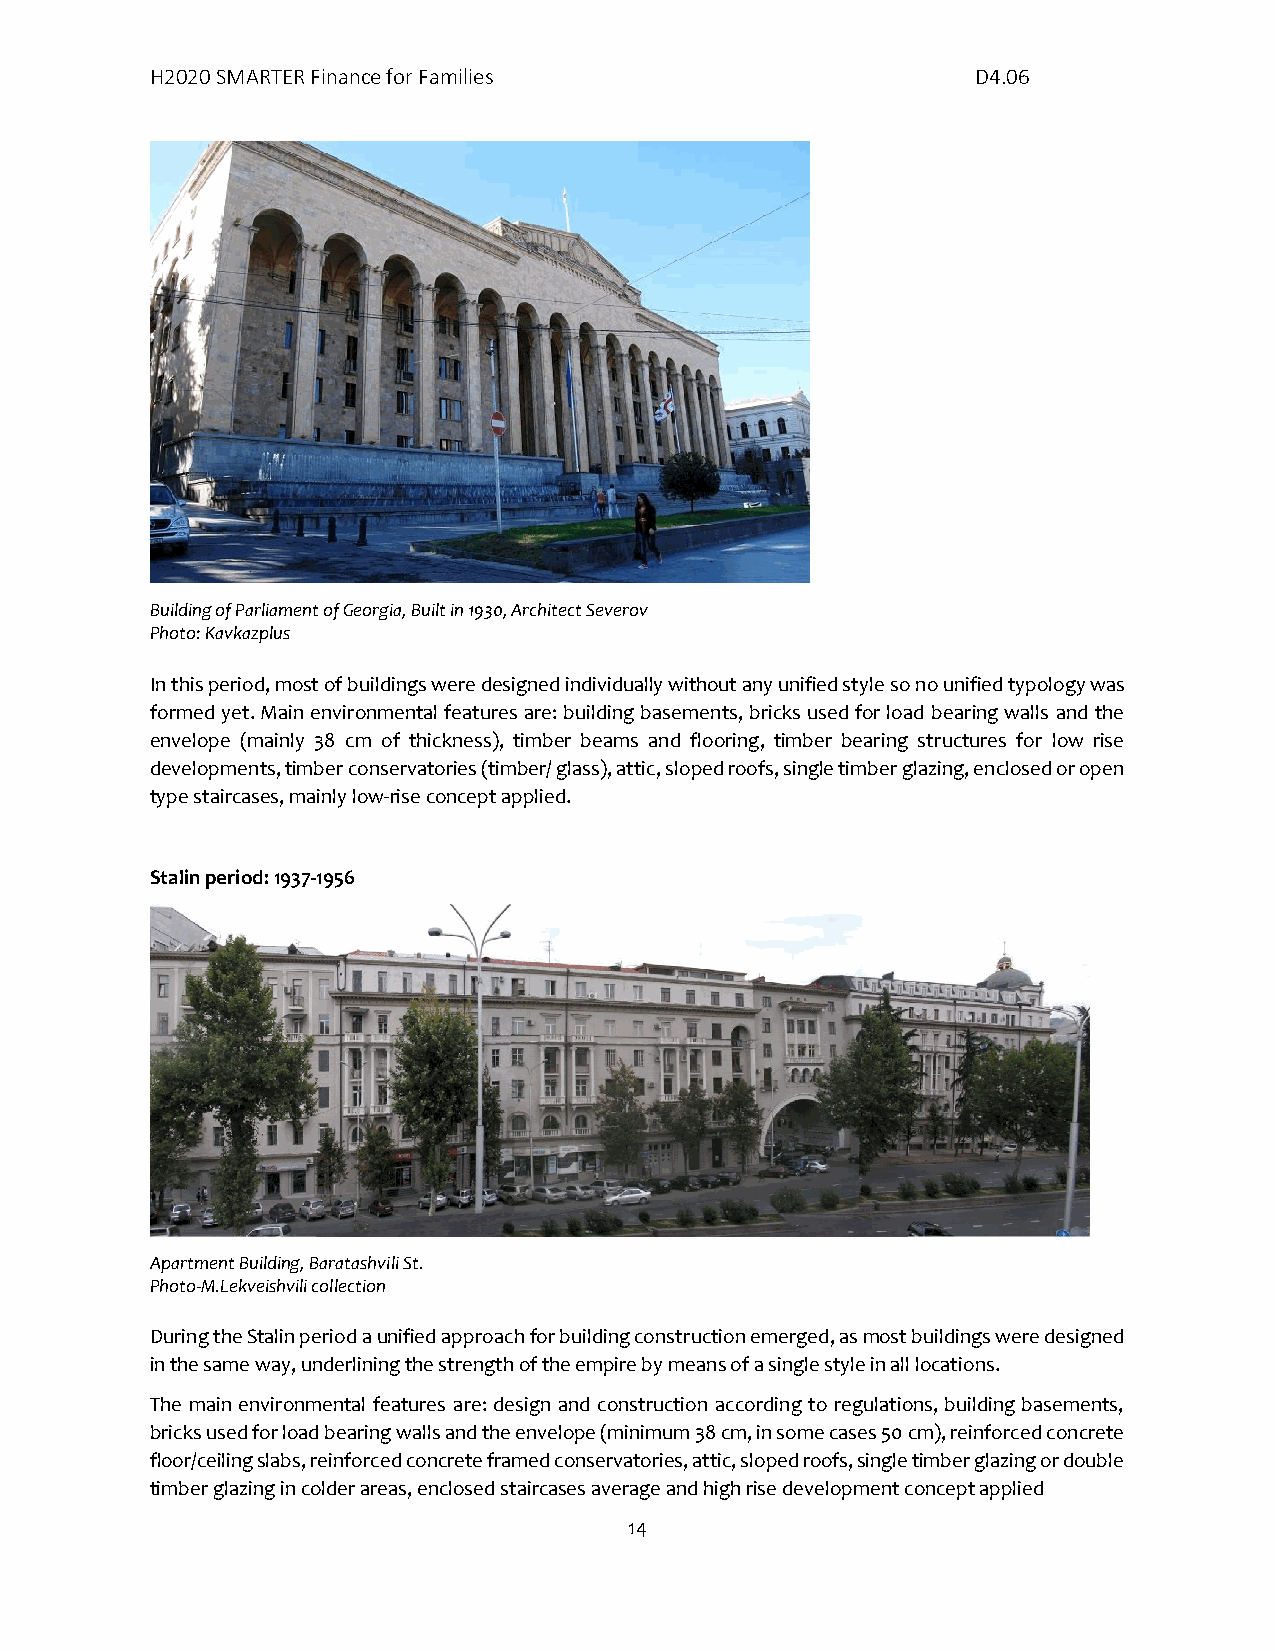
H2020 SMARTER Finance for Families                     D4.06
 Building of Parliament of Georgia, Built in 1930, Architect Severov
 Photo: Kavkazplus
 In this period, most of buildings were designed individually without any unified style so no unified typology was
 formed yet. Main environmental features are: building basements, bricks used for load bearing walls and the
 envelope (mainly 38 cm of thickness), timber beams and flooring, timber bearing structures for low rise
 developments, timber conservatories (timber/ glass), attic, sloped roofs, single timber glazing, enclosed or open
 type staircases, mainly low-rise concept applied.
 Stalin period: 1937-1956
 Apartment Building, Baratashvili St.
 Photo-M.Lekveishvili collection
 During the Stalin period a unified approach for building construction emerged, as most buildings were designed
 in the same way, underlining the strength of the empire by means of a single style in all locations.
 The main environmental features are: design and construction according to regulations, building basements,
 bricks used for load bearing walls and the envelope (minimum 38 cm, in some cases 50 cm), reinforced concrete
 floor/ceiling slabs, reinforced concrete framed conservatories, attic, sloped roofs, single timber glazing or double
 timber glazing in colder areas, enclosed staircases average and high rise development concept applied
 14